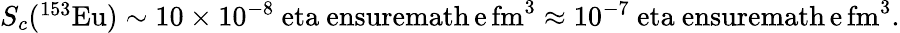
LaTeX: \begin{array}{r}{S_{c}(^{153}\mathrm{{Eu})\sim 10\times 10^{-8}\ eta\ ensuremath{\, \mathrm{e\, fm^{3}}}\approx 10^{-7}\ eta\ ensuremath{\, \mathrm{e\, fm^{3}}}.}}\end{array}